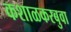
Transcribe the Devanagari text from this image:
कशाळकरबुवा